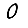
Digit: 0